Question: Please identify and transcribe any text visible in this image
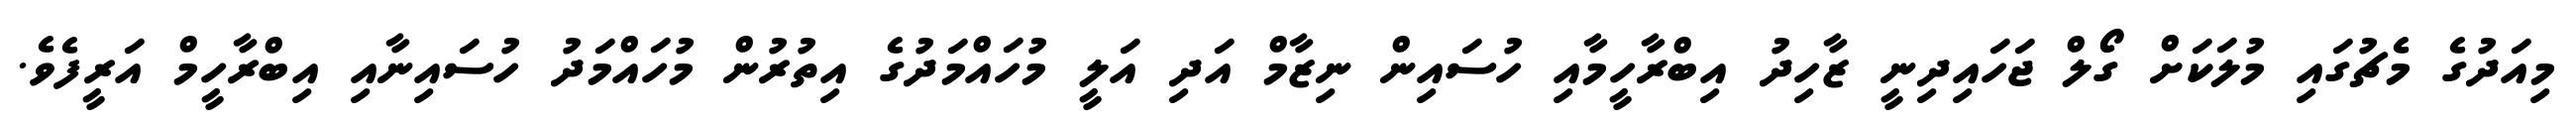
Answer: މިއަދުގެ މެޗުގައި މުލަކަށް ގޯލް ޖަހައިދިނީ ޒާހިދު އިބްރާހީމާއި ހުސައިން ނިޒާމް އަދި އަލީ މުހައްމަދުގެ އިތުރުން މުހައްމަދު ހުސައިނާއި އިބްރާހީމް އަރީފެވެ.